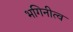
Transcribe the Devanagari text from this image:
भगिनीत्व